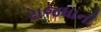
રાજધાની